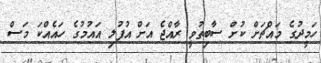
ހަމީދުގެ މައްޗަށް ކުށް ސާބިތުވީ ރާއްޖެ އަށް އުފުލި އައުމުގެ ހައެއްކަ މަސް